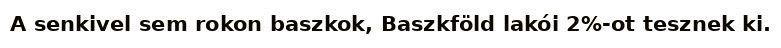
A senkivel sem rokon baszkok, Baszkföld lakói 2%-ot tesznek ki.